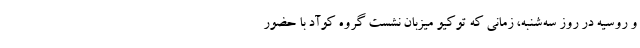
و روسیه در روز سه‌شنبه، زمانی که توکیو میزبان نشست گروه کوآد با حضور